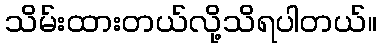
သိမ်းထားတယ်လို့သိရပါတယ်။